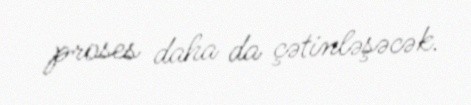
proses daha da çətinləşəcək.